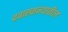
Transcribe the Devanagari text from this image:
दवाखान्यातील